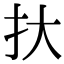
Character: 𢪂